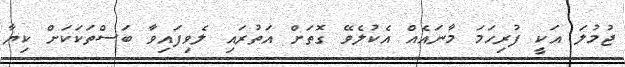
ޖުމުލަ އަކީ ފުރިހަމަ މާނައެއް އެކުލެވޭ ގޮތަށް އަތުރައި ލެވިފައިވާ ބަސްތަކަކަށް ކިޔާ